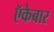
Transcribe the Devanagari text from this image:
ऍकेबार